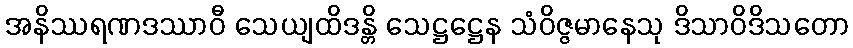
အနိဿရဏဒဿာဝီ သေယျထိဒန္တိ သေဋ္ဌဋ္ဌေန သံဝိဇ္ဇမာနေသု ဒိသာဝိဒိသတော